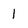
Character: 1